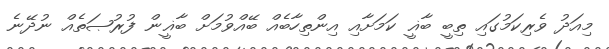
މިއަދު ވެރިކަމުގައި ތިބީ ބާޣީ ކަމަށާއި އިންތިހާބެއް ބޭއްވުމަށް ބާޣީން ފުރުޞަތެއް ނުދޭނެ